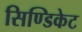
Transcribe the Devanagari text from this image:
सिण्डिकेट